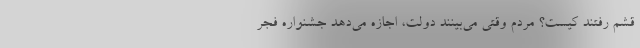
قشم رفتند کیست؟ مردم وقتی می‌بینند دولت، اجازه می‌دهد جشنواره فجر